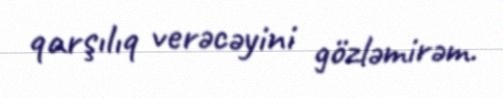
qarşılıq verəcəyini gözləmirəm.